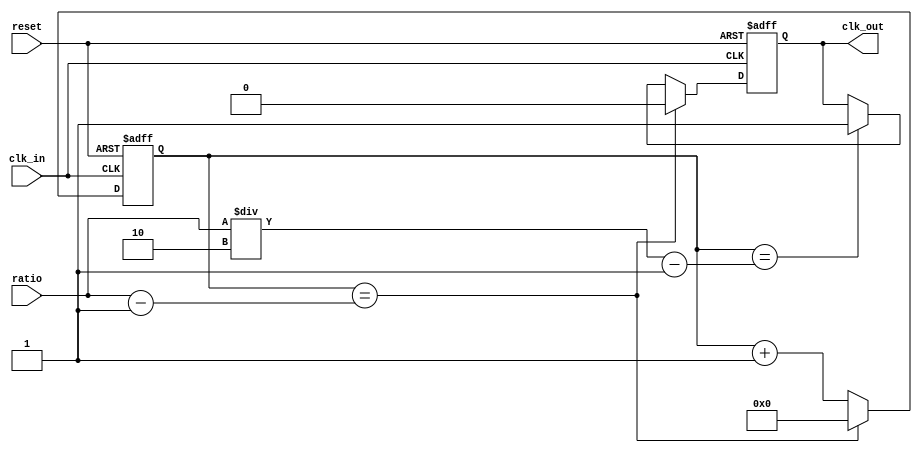
`timescale 1ns / 1ps
module Clock_Divider(
    input clk_in,
    output reg clk_out,
    input reset,
    input [31:0] ratio
    );
    
    reg [31:0] counter;
    
    always@(posedge clk_in,negedge reset) begin
        if(reset==0) begin
            counter<=32'd0;
            clk_out<=0;
        end
        else
            if(counter==ratio-1) begin
                clk_out<=0;
                counter<=32'd0;
            end
            else
                if(counter==(ratio/2)-1) begin
                    clk_out<=1;
                    counter<=counter+1;
                end
                else
                    counter<=counter+1; 
    end 
endmodule